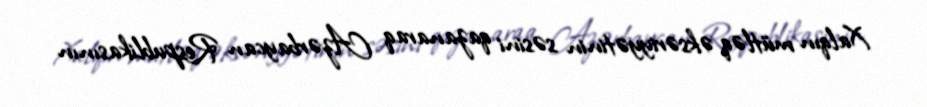
Xalqın mütləq əksəriyyətinin səsini qazanaraq Azərbaycan Respublikasının